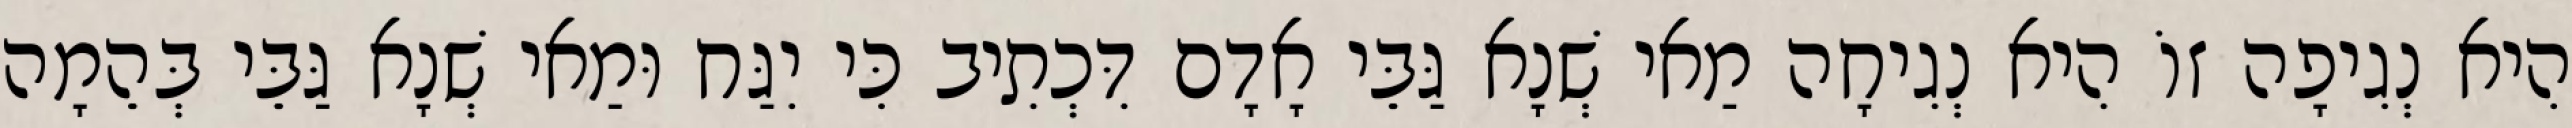
הִיא נְגִיפָה זוֹ הִיא נְגִיחָה מַאי שְׁנָא גַּבֵּי אָדָם דִּכְתִיב כִּי יִגַּח וּמַאי שְׁנָא גַּבֵּי בְּהֵמָה